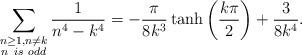
LaTeX: \begin{align*}\sum_{\substack{{n\geq1},{n\neq{k}}\\ n\ is\ odd}}\frac{1}{{n}^4-{{k}^4}}=-\frac{\pi}{8k^3}\tanh\left(\frac{k\pi}{2}\right)+\frac{3}{8k^4}.\end{align*}